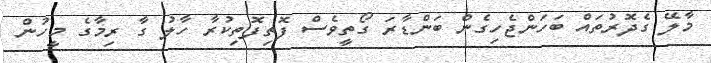
މާލޭ ގެދޮރުތައް ބަހަންޖެހިގެން ބަންޑާރަ ގޯތީވެސް ފޮތިފޮތިކުރާ ހާލު ގާ ރިމާގެ މީހުން